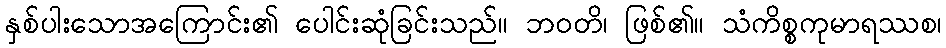
နှစ်ပါးသောအကြောင်း၏ ပေါင်းဆုံခြင်းသည်။ ဘဝတိ၊ ဖြစ်၏။ သံကိစ္စကုမာရဿစ၊